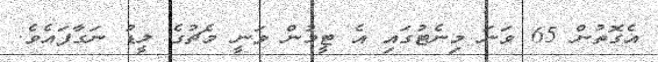
އެގޮތުން 65 ވަނަ މިނެޓުގައި އެ ޓީމުން ވަނީ މެޗުގެ ލީޑު ނަގާފައެވެ.